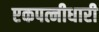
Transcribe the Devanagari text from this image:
एकपत्नीधारी